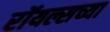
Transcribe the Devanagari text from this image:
रॉयल्सच्या